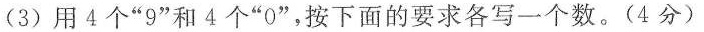
(3)用4个”9”和4个”0”，按下面的要求各写一个数。(4分)